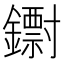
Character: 𨮬